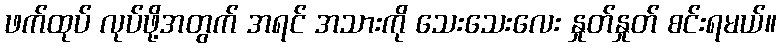
ဖက်ထုပ် လုပ်ဖို့အတွက် အရင် အသားကို သေးသေးလေး နှုတ်နှုတ် စင်းရမယ်။